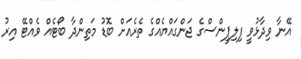
އޭނާ ވިދާޅުވީ ފިލިޕީންސްގެ ޖަންގައްޔެއްގެ ތެރެއަށް ބޮޑު މަތިންދާ ބޯޓެއް ވެއްޓޭ އިރު